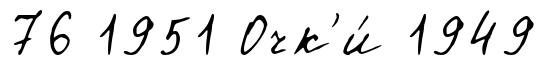
76 1951 Очк'и́ 1949